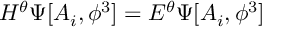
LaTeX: H ^ { \theta } \Psi [ A _ { i } , \phi ^ { 3 } ] = E ^ { \theta } \Psi [ A _ { i } , \phi ^ { 3 } ]